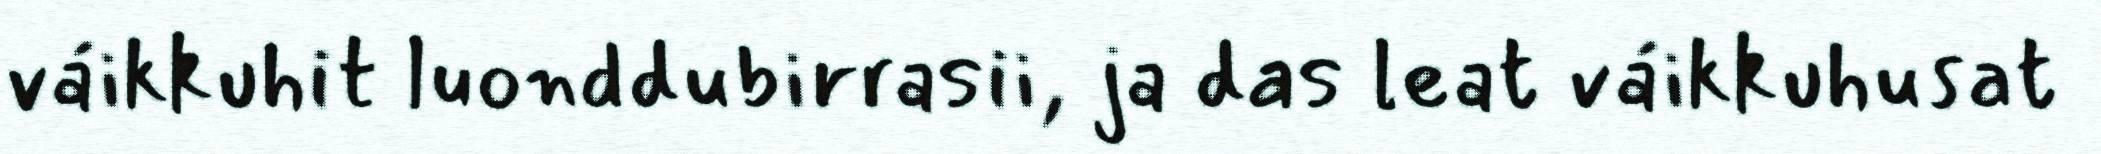
váikkuhit luonddubirrasii, ja das leat váikkuhusat